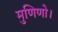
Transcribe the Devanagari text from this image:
मुणिणो।